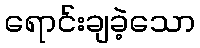
ရောင်းချခဲ့သော